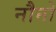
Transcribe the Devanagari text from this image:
नौनो